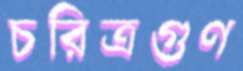
চরিত্রগুণ